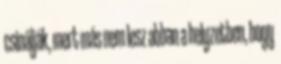
csinálják, mert más nem lesz abban a helyzetben, hogy